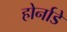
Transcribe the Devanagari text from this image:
होर्नाडे